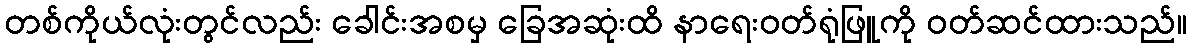
တစ်ကိုယ်လုံးတွင်လည်း ခေါင်းအစမှ ခြေအဆုံးထိ နာရေးဝတ်ရုံဖြူကို ဝတ်ဆင်ထားသည်။